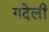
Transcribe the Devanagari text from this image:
गदेली